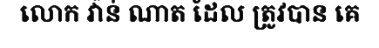
លោក វ៉ាន់ ណាត ដែល ត្រូវបាន គេ